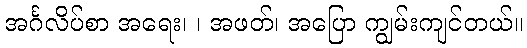
အင်္ဂလိပ်စာ အရေး၊ ၊ အဖတ်၊ အပြော ကျွမ်းကျင်တယ်။